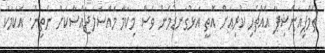
ޗެމްޕިއަންޝިޕާ އެއްޗެހި ކުރިއަށް އޮތީ އަޅުގަނޑުމެން ވެސް މިކަމާ މައްސަލަޖައްސާކަށް ނެތިން. އެކަމަކު